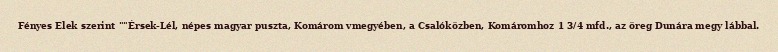
Fényes Elek szerint ""Érsek-Lél, népes magyar puszta, Komárom vmegyében, a Csalóközben, Komáromhoz 1 3/4 mfd., az öreg Dunára megy lábbal.